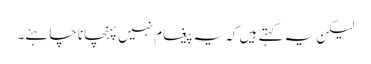
لیکن یہ کہتے ہیں کہ یہ پیغام نہیں پہنچانا چاہئے۔